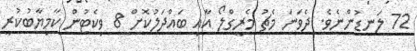
72 ލަނޑުންނެވެ. ދެވަނަ މެޗު މެރީގްލޯ އާއި ބައްދަލުކޮށް 8 ވިކެޓުން ކާމިޔާބުކުރީ